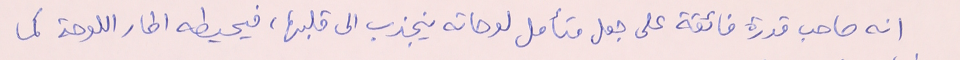
انه صاحب قدرة فائقة على جعل متأمل لوحاته ينجذب الى قلبها، فيحيطه اطار اللوحة كما